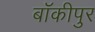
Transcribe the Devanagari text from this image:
बॉकीपुर